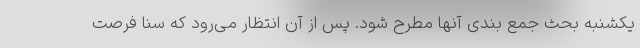
یکشنبه بحث جمع بندی آنها مطرح شود. پس از آن انتظار می‌رود که سنا فرصت